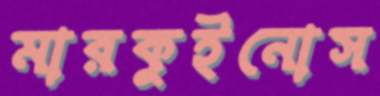
মারকুইনোস